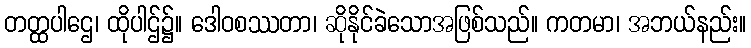
တတ္ထပါဌေ၊ ထိုပါဌ်၌။ ဒေါဝစဿတာ၊ ဆိုနိုင်ခဲသောအဖြစ်သည်။ ကတမာ၊ အဘယ်နည်း။